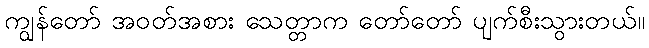
ကျွန်တော် အဝတ်အစား သေတ္တာက တော်တော် ပျက်စီးသွားတယ်။